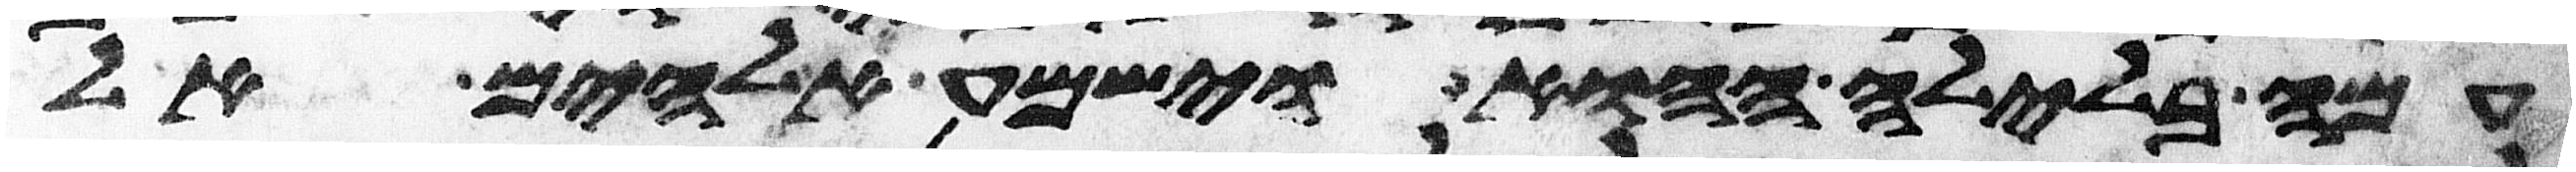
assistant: עמה בלילה ההוא וישמע אלהים אל